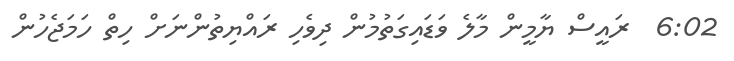
6:02  ރައީސް ޔާމީން މާލެ ވަޑައިގަތުމުން ދިވެހި ރައްޔިތުންނަށް ހިތް ހަމަޖެހުން